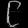
Digit: ၉